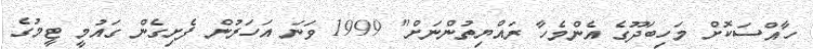
ހާއްސަކޮށް މަހިބަދޫގެ އެންމެހާ ރައްޔިތުންނަށް" 1999 ވަނަ އަހަރުން ފެށިގެން ގައުމީ ޓީމުގެ